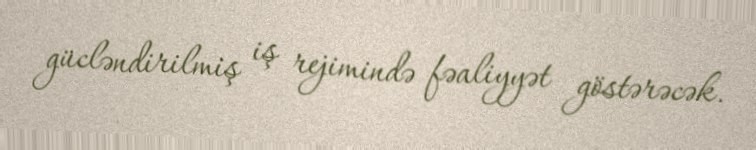
gücləndirilmiş iş rejimində fəaliyyət göstərəcək.